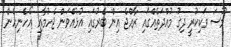
މޫސަ ވަކިކުރީ ދިގު މުއްދަތެއްގައި ރާއްޖެ އިން ބޭރުގައި އުޅުއްވަން ޖެހުމާއި "އެހެނިހެން